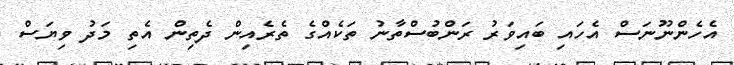
އެހެންނޫނަސް އެހައި ބައިވަރު ރަންބުސްތާނު ތަކެއްގެ ތެރެއިން ދެތިން އެތި މަދު ވިޔަސް